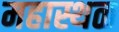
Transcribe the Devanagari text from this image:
महास्थळ